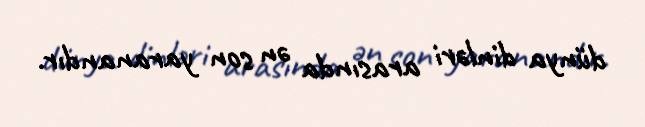
dünya dinləri arasında ən son yaranandır.